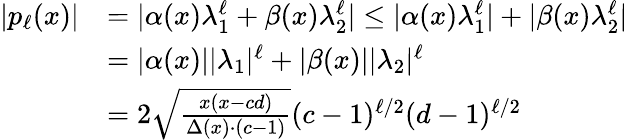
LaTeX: \begin{array}{rl}{|{p_{\ell}(x)}|}&{=|{\alpha(x)\lambda_{1}^{\ell}+\beta(x)\lambda_{2}^{\ell}}|\leq|{\alpha(x)\lambda_{1}^{\ell}}|+|{\beta(x)\lambda_{2}^{\ell}}|}\\ &{=|{\alpha(x)}||{\lambda_{1}}|^{\ell}+|{\beta(x)}||{\lambda_{2}}|^{\ell}}\\ &{=2\sqrt{\frac{x(x-cd)}{\Delta(x)\cdot(c-1)}}(c-1)^{\ell/2}(d-1)^{\ell/2}}\end{array}